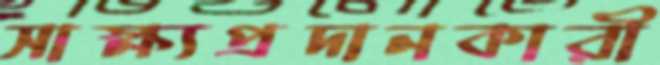
সাক্ষ্যপ্রদানকারী